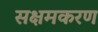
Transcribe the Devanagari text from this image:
सक्षमकरण